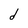
Character: d